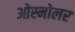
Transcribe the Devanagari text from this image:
ओस्मोलर